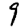
Digit: 9